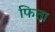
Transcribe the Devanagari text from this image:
फिता